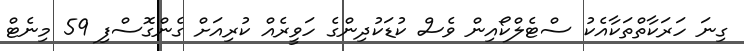
ގިނަ ހަރަކާތްތަކާއެކު ސްޓެލްކޯއިން ވެސް ކުޑަކުދިންގެ ހަވީރެއް ކުރިއަށް ގެންގޮސްފި 59 މިނެޓް